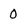
Character: 0